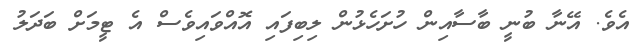
އެވެ. އޭނާ ބުނީ ބާސާއިން ހުށަހެޅުން ލިބިފައި އޮއްވައިވެސް އެ ޓީމަށް ބަދަލު